Civil Veterinary Department. Madras. Admin. report 1926-33 - 1926-1933
Year: 1926
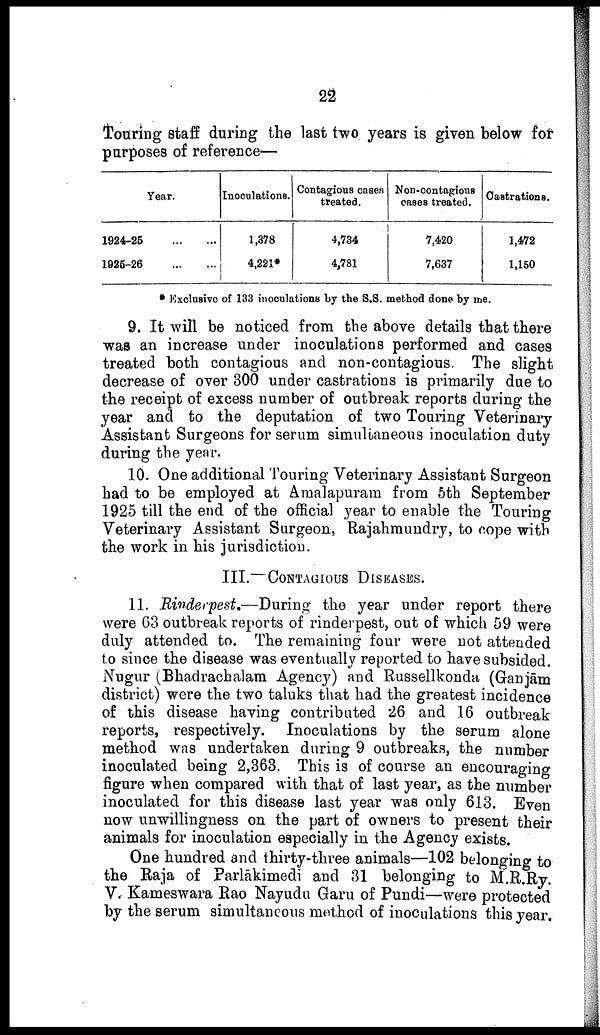
22
Touring staff during the last two years is given below for
purposes of reference—
Year.
1924-25
...
...
1926-26
...
...
Inoculations.
1,378
4,221*
Contagious cases
treated.
4,734
4,781
Non-contagious
cases treated.
7,420
7,637
Castrations.
1,472
1,160
* Exclusive of 133 inoculations by the S.S. method done by me.
9. It will be noticed from the above details that there
was an increase under inoculations performed and cases
treated both contagious and non-contagious The slight
decrease of over 300 under castrations is primarily due to
the receipt of excess number of outbreak reports during the
year and to the deputation of two Touring Veterinary
Assistant Surgeons for serum simultaneous inoculation duty
during the year.
10. One additional Touring Veterinary Assistant Surgeon
had to be employed at Amalapuram from 5th September
1925 till the end of the official year to enable the Touring
Veterinary Assistant Surgeon, Rajahmundry, to cope with
the work in his jurisdiction.
III.-CONTAGIOUS DISEASES.
11. Rinderpest.—During the year under report there
were Go outbreak reports of rinderpest, out of which 59 were
duly attended to. The remaining four were not attended
to since the disease was eventually reported to have subsided.
Nugur (Bhadrachalam Agency) and Russellkonda, (Ganjām
district) were the two taluks that had the greatest incidence
of this disease having contributed 26 and 16 outbreak
reports, respectively. Inoculations by the serum alone
method was undertaken during 9 outbreaks, the number
inoculated being 2,363. This is of course an encouraging
figure when compared with that of last year, as the number
inoculated for this disease last year was only 613. Even
now unwillingness on the part of owners to present their
animals for inoculation especially in the Agency exists.
One hundred and thirty-three animals—102 belonging to
the Raja of Parlakimedi and 31 belonging to M.R.Ry.
V. Kameswara Rao Nayudu Garu of Pundi—were protected
by the serum simultaneous method of inoculations this year.